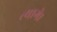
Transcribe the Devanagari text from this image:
त्यागे।